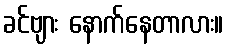
ခင်ဗျား နောက်နေတာလား။